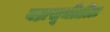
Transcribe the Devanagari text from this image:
वज्रसूचीतील